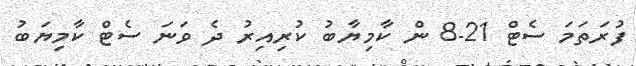
ފުރަތަމަ ސެޓް 21-8 ން ކާމިޔާބު ކުރިއިރު ދެ ވަނަ ސެޓް ކާމިޔަބު